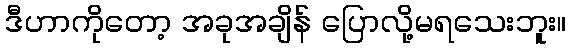
ဒီဟာကိုတော့ အခုအချိန် ပြောလို့မရသေးဘူး။